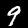
Label: 9